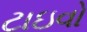
ટાઇવો